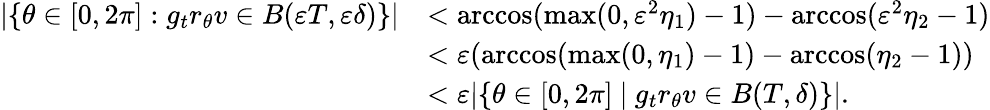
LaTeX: \begin{array}{rl}{|\{ \theta\in[0,2\pi]:g_{t}r_{\theta}v\in B(\varepsilon T,\varepsilon\delta)\} |}&{<\operatorname{arccos}(\operatorname*{max}(0,\varepsilon^{2}\eta_{1})-1)-\operatorname{arccos}(\varepsilon^{2}\eta_{2}-1)}\\ &{<\varepsilon(\operatorname{arccos}(\operatorname*{max}(0,\eta_{1})-1)-\operatorname{arccos}(\eta_{2}-1))}\\ &{<\varepsilon|\{ \theta\in[0,2\pi]\ |\ g_{t}r_{\theta}v\in B(T,\delta)\} |.}\end{array}